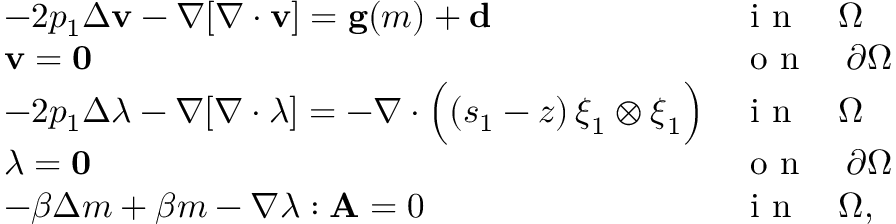
\begin{array} { l l } { - 2 p _ { 1 } \Delta \mathbf { v } - \nabla [ \nabla \cdot \mathbf { v } ] = \mathbf { g } ( m ) + \mathbf { d } } & { \textrm { i n } \quad \Omega } \\ { \mathbf { v } = \mathbf { 0 } } & { \textrm { o n } \quad \partial \Omega } \\ { - 2 p _ { 1 } \Delta \boldsymbol { \lambda } - \nabla [ \nabla \cdot \boldsymbol { \lambda } ] = - \nabla \cdot \Big ( ( s _ { 1 } - z ) \, \boldsymbol { \xi } _ { 1 } \otimes \boldsymbol { \xi } _ { 1 } \Big ) } & { \textrm { i n } \quad \Omega } \\ { \boldsymbol { \lambda } = \mathbf { 0 } } & { \textrm { o n } \quad \partial \Omega } \\ { - \beta \Delta m + \beta m - \nabla \boldsymbol { \lambda } : \mathbf { A } = 0 } & { \textrm { i n } \quad \Omega , } \end{array}